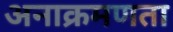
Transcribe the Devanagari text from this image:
अनाक्रमणता